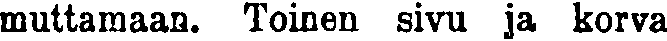
muttamaan. Toinen sivu ja korva